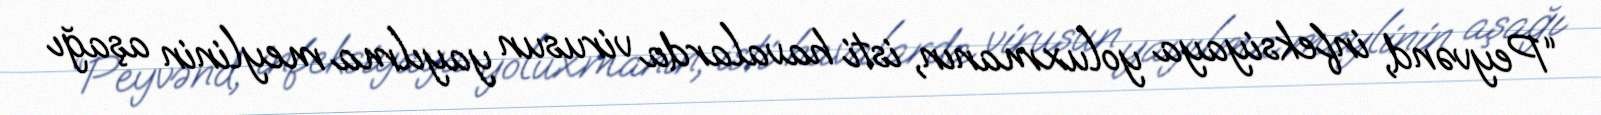
“Peyvənd, infeksiyaya yoluxmanın, isti havalarda virusun yayılma meylinin aşağı